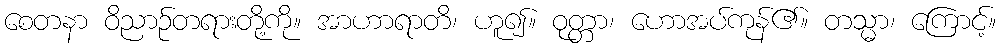
စေတနာ ဝိညာဉ်တရားတို့ကို။ အာဟာရာတိ၊ ဟူ၍။ ဝုတ္တာ၊ ဟောအပ်ကုန်၏။ တသ္မာ၊ ကြောင့်။